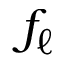
f _ { \ell }